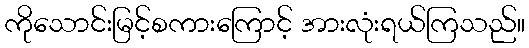
ကိုသောင်းမြင့်စကားကြောင့် အားလုံးရယ်ကြသည်။